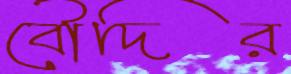
বৌদির